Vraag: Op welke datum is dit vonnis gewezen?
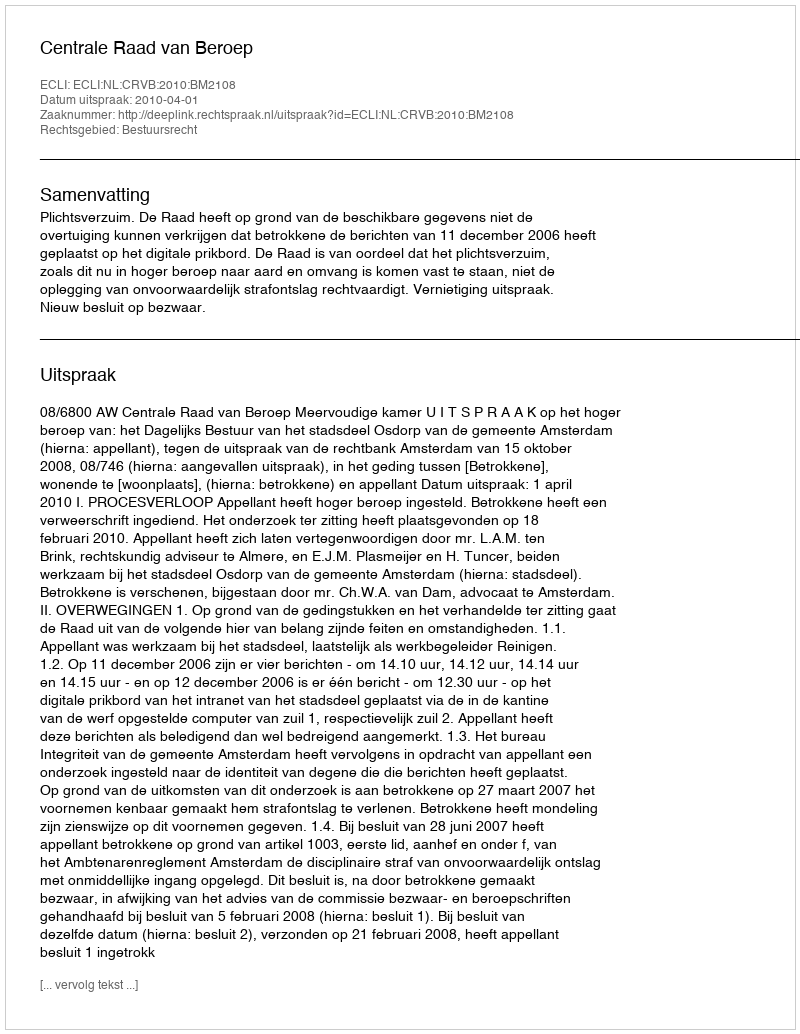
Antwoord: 2010-04-01